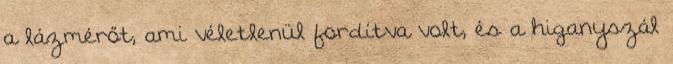
a lázmérőt, ami véletlenül fordítva volt, és a higanyszál